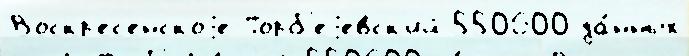
Воскр'ес'енскоjе Торб'еjевск'ий 550600 да́нных